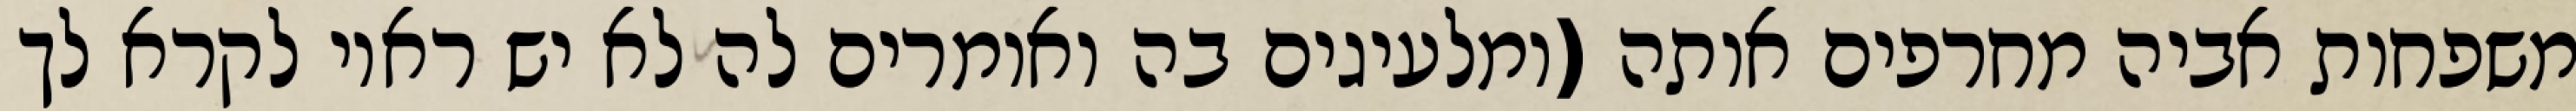
משפחות אביה מחרפים אותה (ומלעיגים בה ואומרים לה לא יש ראוי לקרא לך